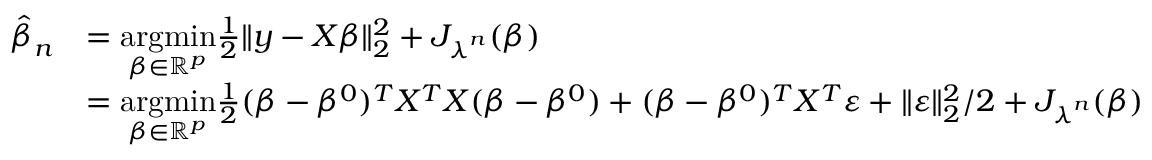
\begin{array} { r l } { \boldsymbol { \hat { \beta } } _ { n } } & { = \underset { \beta \in \mathbb { R } ^ { p } } { \operatorname { a r g m i n } } \frac { 1 } { 2 } \Vert y - X \beta \Vert _ { 2 } ^ { 2 } + J _ { \boldsymbol { \lambda } ^ { n } } ( \beta ) } \\ & { = \underset { \beta \in \mathbb { R } ^ { p } } { \operatorname { a r g m i n } } \frac { 1 } { 2 } ( \beta - \beta ^ { 0 } ) ^ { T } X ^ { T } X ( \beta - \beta ^ { 0 } ) + ( \beta - \beta ^ { 0 } ) ^ { T } X ^ { T } \varepsilon + \Vert \varepsilon \Vert _ { 2 } ^ { 2 } / 2 + J _ { \boldsymbol { \lambda } ^ { n } } ( \beta ) } \end{array}